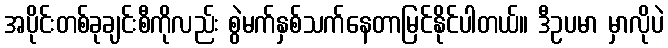
အပိုင်းတစ်ခုချင်းစီကိုလည်း စွဲမက်နှစ်သက်နေတာမြင်နိုင်ပါတယ်။ ဒီဥပမာ မှာလိုပဲ